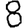
Digit: 8